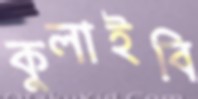
কুলাইবি